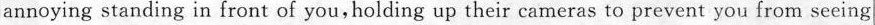
annoying standing in front of you,holding up their cameras to prevent you from seeing